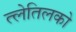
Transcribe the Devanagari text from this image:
त्लेतिलको